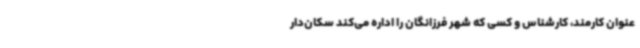
عنوان کارمند، کارشناس و کسی که شهر فرزانگان را اداره می‌کند سکان‌دار